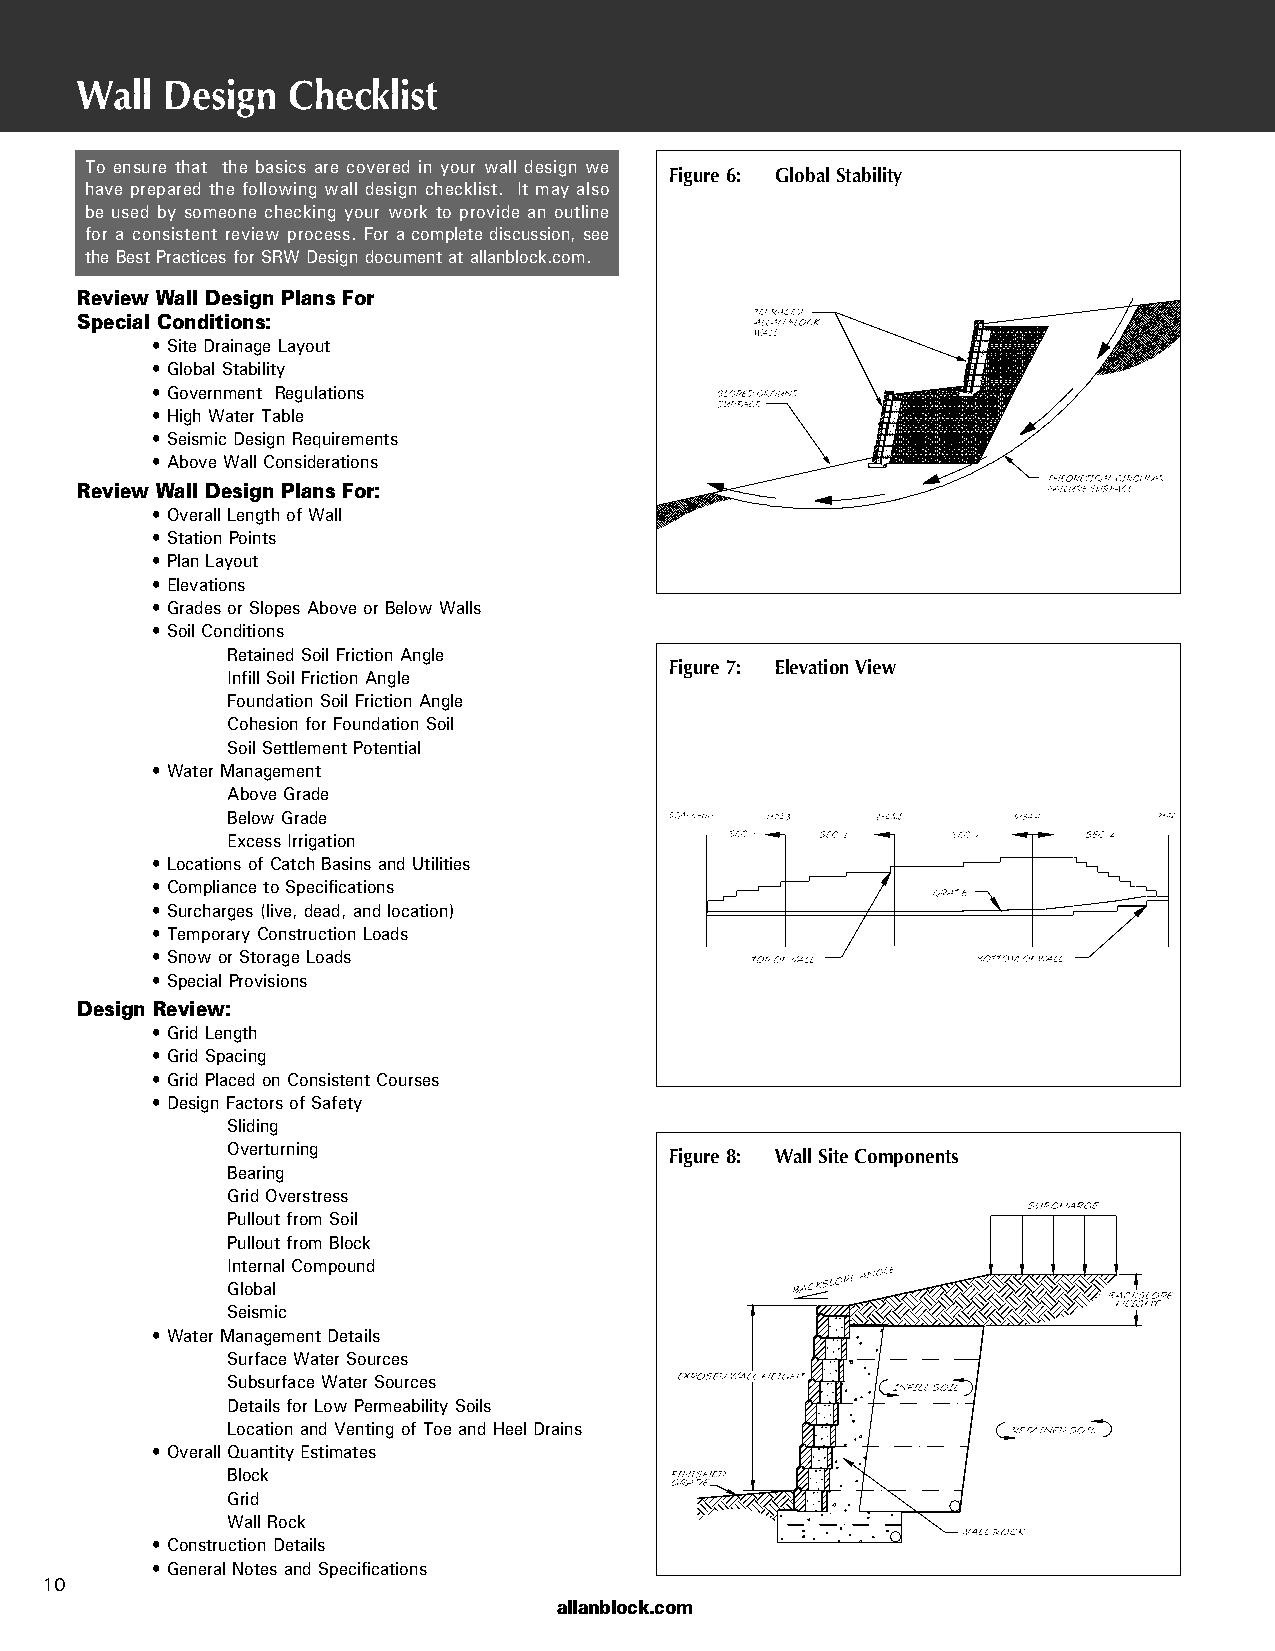
Wall  Design  Checklist
 To ensure that the basics are covered in your wall design we Figure 6: Global Stability
 have prepared the following wall design checklist. It may also
 be used by someone checking your work to provide an outline
 for a consistent review process. For a complete discussion, see
 the Best Practices for SRW Design document at allanblock.com.
 Review Wall Design Plans For
 Special Conditions:
 • Site Drainage Layout
 • Global Stability
 • Government Regulations
 • High Water Table
 • Seismic Design Requirements
 • Above Wall Considerations
 Review Wall Design Plans For:
 • Overall Length of Wall
 • Station Points
 • Plan Layout
 • Elevations
 • Grades or Slopes Above or Below Walls
 • Soil Conditions
 Retained Soil Friction Angle
 Figure 7: Elevation View
 Infill Soil Friction Angle
 Foundation Soil Friction Angle
 Cohesion for Foundation Soil
 Soil Settlement Potential
 • Water Management
 Above Grade
 Below Grade
 Excess Irrigation
 • Locations of Catch Basins and Utilities
 • Compliance to Specifications
 • Surcharges (live, dead, and location)
 • Temporary Construction Loads
 • Snow or Storage Loads
 • Special Provisions
 Design Review:
 • Grid Length
 • Grid Spacing
 • Grid Placed on Consistent Courses
 • Design Factors of Safety
 Sliding
 Overturning                  Figure 8: Wall Site Components
 Bearing
 Grid Overstress
 Pullout from Soil
 Pullout from Block
 Internal Compound
 Global
 Seismic
 • Water Management Details
 Surface Water Sources
 Subsurface Water Sources
 Details for Low Permeability Soils
 Location and Venting of Toe and Heel Drains
 • Overall Quantity Estimates
 Block
 Grid
 Wall Rock
 • Construction Details
 • General Notes and Specifications
 10
 allanblock.com